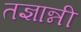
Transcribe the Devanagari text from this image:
तज्ञान्नी